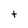
Character: t